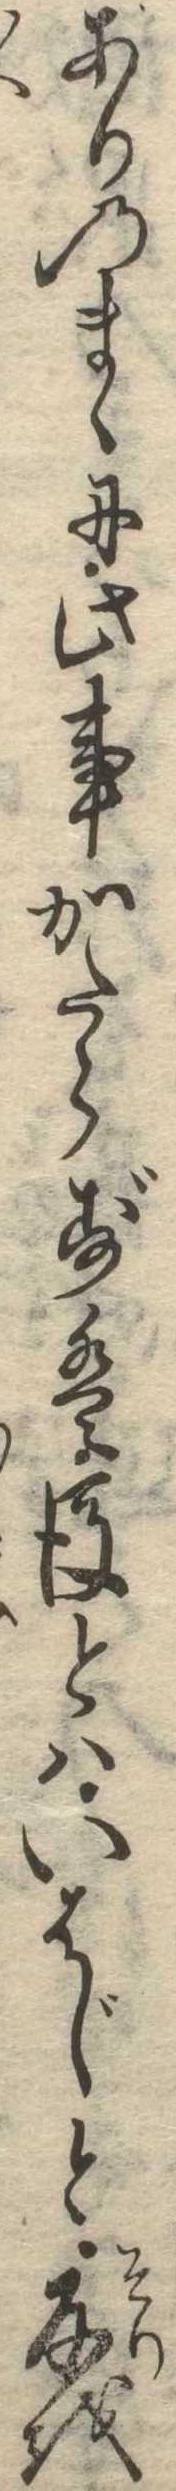
ありのまゝに此事かたらずは後とはいはじと反を